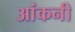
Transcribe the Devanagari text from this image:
आंकनी